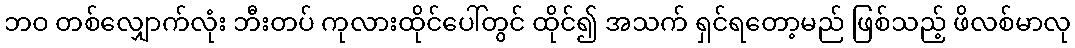
ဘဝ တစ်လျှောက်လုံး ဘီးတပ် ကုလားထိုင်ပေါ်တွင် ထိုင်၍ အသက် ရှင်ရတော့မည် ဖြစ်သည့် ဖိလစ်မာလု